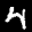
Label: 4